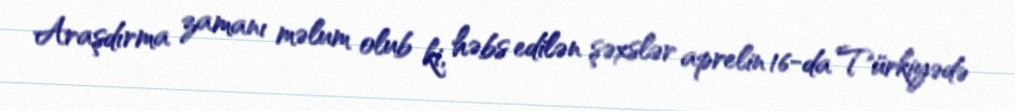
Araşdırma zamanı məlum olub ki, həbs edilən şəxslər aprelin 16-da Türkiyədə